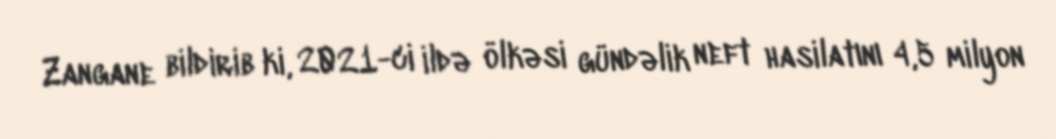
Zangane bildirib ki, 2021-ci ildə ölkəsi gündəlik neft hasilatını 4,5 milyon